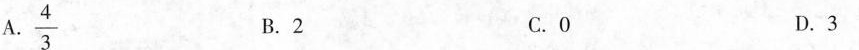
A.\frac{4}{3} B.2 C.0 D.3